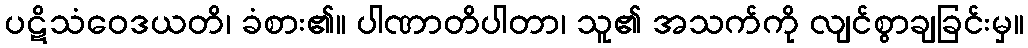
ပဋိသံဝေဒယတိ၊ ခံစား၏။ ပါဏာတိပါတာ၊ သူ၏ အသက်ကို လျင်စွာချခြင်းမှ။